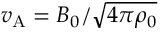
v _ { \mathrm { A } } = B _ { 0 } / \sqrt { 4 \pi \rho _ { 0 } }